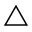
\triangle